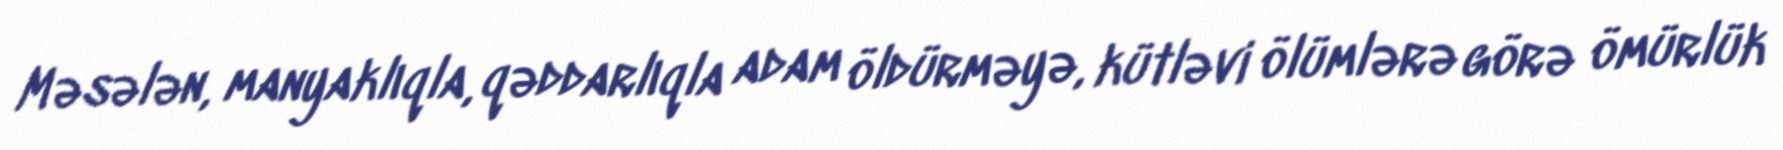
Məsələn, manyaklıqla, qəddarlıqla adam öldürməyə, kütləvi ölümlərə görə ömürlük